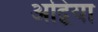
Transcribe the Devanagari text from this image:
अद्विया